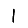
Digit: 1